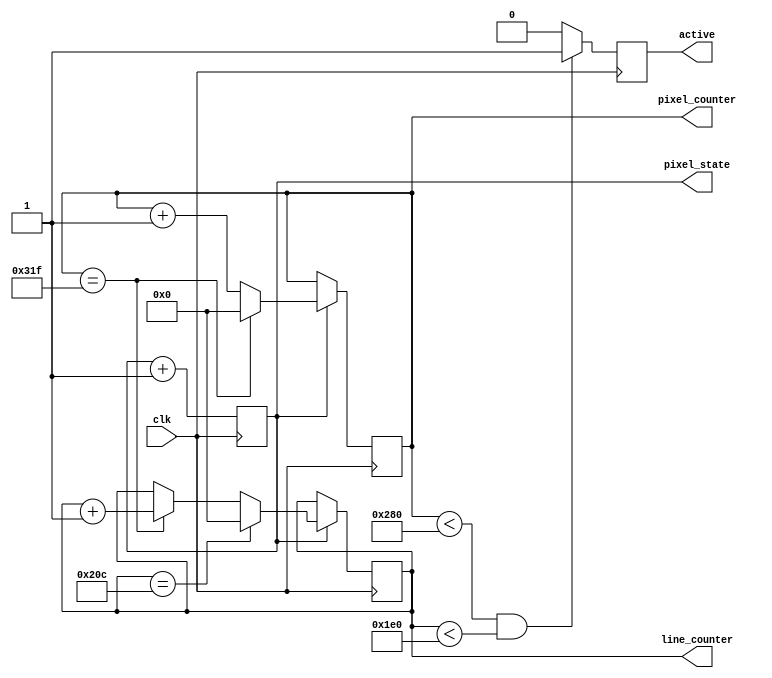
`timescale 1ns / 1ps
//////////////////////////////////////////////////////////////////////////////////
// Company: 
// Engineer: 
// 
// Design Name: 
// Module Name:    VGA_counters 
// Project Name: 
// Target Devices: 
// Tool versions: 
// Description: 
//
// Dependencies: 
//
// Revision: 
// Revision 0.01 - File Created
// Additional Comments: 
//
//////////////////////////////////////////////////////////////////////////////////
module VGA_Counters(
	input clk,
	output reg [9:0] pixel_counter,
	output reg [9:0] line_counter,
	output reg pixel_state,
	output reg active
    );
	 
	 parameter PIXEL_CNT_MAX = 799;
	 parameter LINE_CNT_MAX = 524;
	 parameter ACTIVE_START_PIXELS = 47;
	 parameter ACTIVE_END_PIXELS = 752;
	 parameter ACTIVE_START_LINES = 32;
	 parameter ACTIVE_END_LINES = 492;
 	 parameter PIXEL_ST_MAX = 1;

	 
	 //set active
	 always @(posedge clk) begin
		 
		 if (pixel_state == PIXEL_ST_MAX) begin
			//increment and check pixel counter
			
			if (pixel_counter == PIXEL_CNT_MAX) 
				pixel_counter <= 0;
			else
				pixel_counter <= pixel_counter + 1'b1;
			
			//increment and check line counter
			if (line_counter == LINE_CNT_MAX)
				line_counter <= 0;
			else if (pixel_counter == PIXEL_CNT_MAX)
				line_counter <= line_counter + 1'b1;
				
		 end
				
		if (pixel_counter < 640 && line_counter < 480)
			active <= 1'b1;
		else 
			active <= 1'b0;
			
		//increment pixel state (for 25 MHz)
		 pixel_state <= pixel_state + 1'b1;
	 end

endmodule